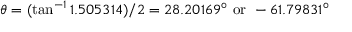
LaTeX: \theta = ( \tan ^ { - 1 } 1 . 5 0 5 3 1 4 ) / 2 = 2 8 . 2 0 1 6 9 ^ { \circ } { \mathrm { ~ o r ~ } } - 6 1 . 7 9 8 3 1 ^ { \circ }